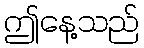
ဤနေ့သည်